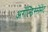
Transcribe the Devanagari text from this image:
अर्रोन्डिस्सेमेंट